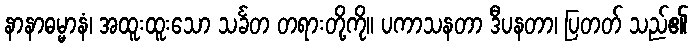
နာနာဓမ္မာနံ၊ အထူးထူးသော သင်္ခတ တရားတို့ကို။ ပကာသနတာ ဒီပနတာ၊ ပြတတ် သည်၏